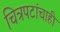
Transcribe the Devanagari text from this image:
चित्रपटांचाही